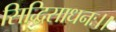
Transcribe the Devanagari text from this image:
सिद्धिसाधनः।।